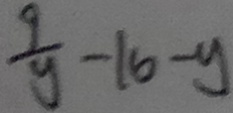
\frac { 9 } { y } - 1 6 - y